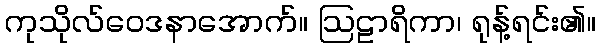
ကုသိုလ်ဝေဒနာအောက်။ ဩဠာရိကာ၊ ရုန့်ရင်း၏။